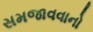
સમજાવવાનો